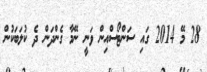
28 މޭ 2014 ގައި ސަންޓޯސްއިން ވަނީ ނޭމާ ގެންދަން ދެ ކުލަބަކުން